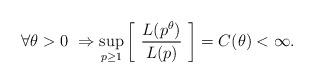
LaTeX: \begin{align*} \forall \theta > 0 \ \Rightarrow \sup_{p \ge 1} \left[ \ \frac{L(p^{\theta})}{L(p)} \ \right] = C(\theta) < \infty.\end{align*}